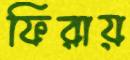
ফিরায়